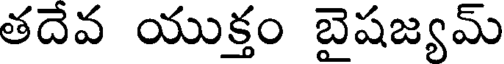
తదేవ యుక్తం బైషజ్యమ్